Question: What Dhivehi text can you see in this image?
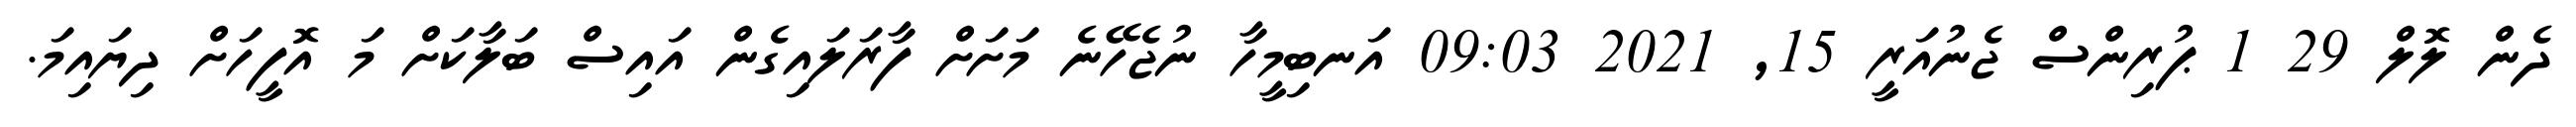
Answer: ދެން ލޮލް 29 1 ޕުރިންސް ޖެނުއަރީ 15, 2021 09:03 އަނބިމީހާ ނުޖެހޭނެ މަށަށް ފާރަލައިގެން އައިސް ބަލާކަށް މަ އޮފީހަށް ދިޔައިމަ.